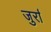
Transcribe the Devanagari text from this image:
जुर्रा